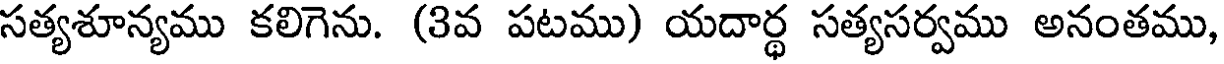
సత్యశూన్యము కలిగెను. (3వ పటము) యదార్థ సత్యసర్వము అనంతము,